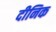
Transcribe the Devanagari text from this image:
दीनिक